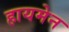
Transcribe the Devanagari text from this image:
हायमेन